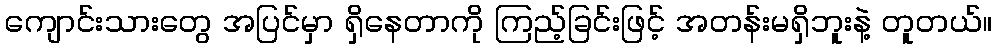
ကျောင်းသားတွေ အပြင်မှာ ရှိနေတာကို ကြည့်ခြင်းဖြင့် အတန်းမရှိဘူးနဲ့ တူတယ်။